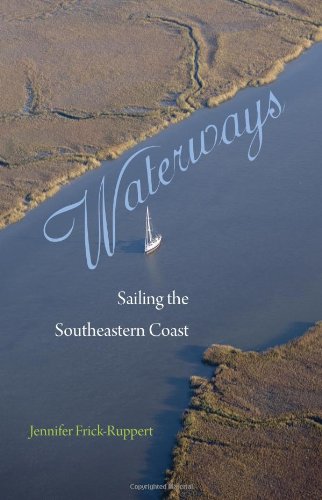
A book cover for Waterways: Sailing the Southeastern Coast; Jennifer Frick-Ruppert; Travel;